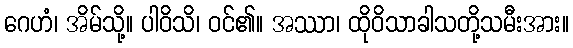
ဂေဟံ၊ အိမ်သို့။ ပါဝိသိ၊ ဝင်၏။ အဿာ၊ ထိုဝိသာခါသတို့သမီးအား။